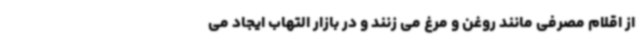
از اقلام مصرفی مانند روغن و مرغ می زنند و در بازار التهاب ایجاد می